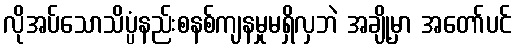
လိုအပ်သောသိပ္ပံနည်းစနစ်ကျနမှုမရှိလှဘဲ အချို့မှာ အတော်ပင်